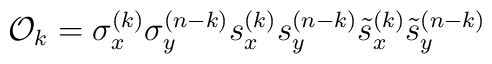
{\cal O}_k=\sigma_x^{(k)}\sigma_y^{(n-k)}s_x^{(k)}s_y^{(n-k)}\tilde s_x^{(k)}\tilde s_y^{(n-k)}